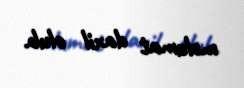
məlumat daxil olub.